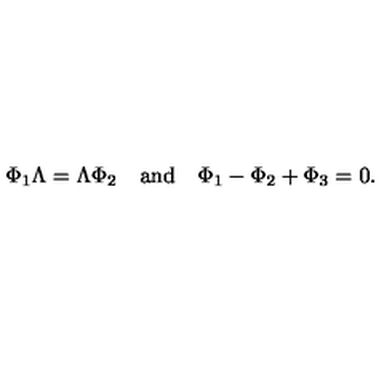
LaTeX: \Phi _ { 1 } \Lambda = \Lambda \Phi _ { 2 } \quad \mathrm { a n d } \quad \Phi _ { 1 } - \Phi _ { 2 } + \Phi _ { 3 } = 0 .